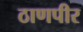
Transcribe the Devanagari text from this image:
ठाणपीर